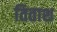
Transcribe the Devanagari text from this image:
तिताश